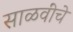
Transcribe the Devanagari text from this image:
साळवींचे